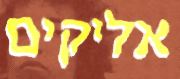
אליקים